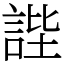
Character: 𧧺